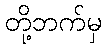
တို့ဘက်မှ